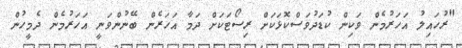
"ރުހައިލު އަހަރުމެން ވަކިން ކުޑަދުވަސްކޮޅަކަށް ރިސޯޓަކަށް ދަމާ އަހަރެން ބޭނުންވަނީ އަހަރުމެން ދެމީހުން